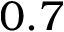
0 . 7